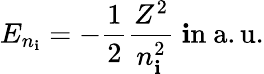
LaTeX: E_{n_{\mathbf{i}}}=-{\frac{{1}}{{2}}}{\frac{{Z^{2}}}{{n_{\mathbf{i}}^{2}}}}{\mathrm{{~\mathbf{i}n~a.u.}}}